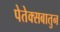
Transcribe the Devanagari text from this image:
पेतेक्सबातुन